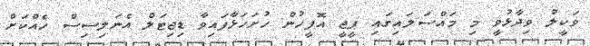
ވަކީލު ވިދާޅުވީ މި މައްސަލައިގައި ޕީޖީ އޮފީހުން ހުށަހަޅާފައިވާ ޑިޖިޓަލް އެނަލިސިސް ހެއްކަށް